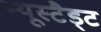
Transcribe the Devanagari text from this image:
न्यूस्टैड्ट